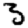
Digit: 3